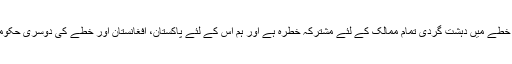
امریکی محکمہ خارجہ کے ترجمان جان کربی نے واشنگٹن میں ایک بریفنگ میں بتایا کہ خطے میں دہشت گردی تمام ممالک کے لئے مشترکہ خطرہ ہے اور ہم اِس کے لئے پاکستان، افغانستان اور خطے کی دوسری حکومتوں کے ساتھ مل کر کام کرتے رہیں گے تاکہ ان مشترکہ خطرات کا مقابلہ کیا جا سکے۔